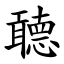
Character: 聼